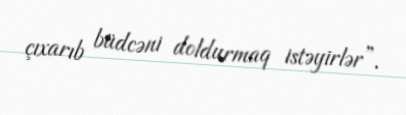
çıxarıb büdcəni doldurmaq istəyirlər”.